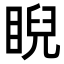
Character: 睨